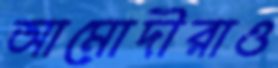
আমোদীরাও